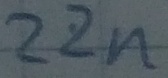
Text: 22n